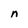
Character: n